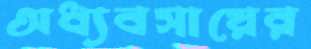
অধ্যবসায়ের